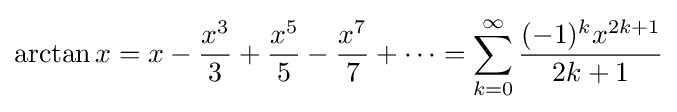
\arctan x=x-{\frac {x^{3}}{3}}+{\frac {x^{5}}{5}}-{\frac {x^{7}}{7}}+\cdots =\sum _{k=0}^{\infty }{\frac {(-1)^{k}x^{2k+1}}{2k+1}}